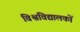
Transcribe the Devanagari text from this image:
विश्वविद्यालकों